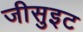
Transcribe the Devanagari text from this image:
जीसुइट